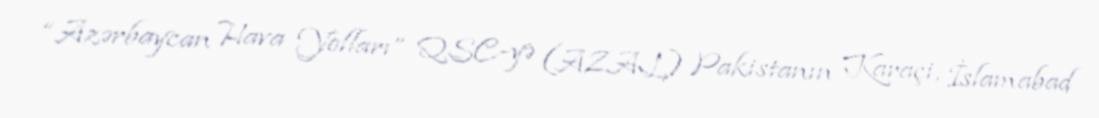
“Azərbaycan Hava Yolları” QSC-yə (AZAL) Pakistanın Karaçi, İslamabad